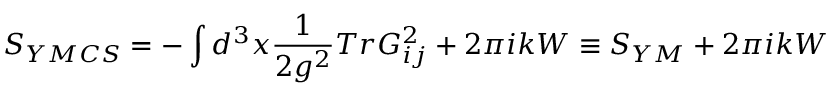
S _ { Y M C S } = - \int d ^ { 3 } x \frac { 1 } { 2 g ^ { 2 } } T r G _ { i j } ^ { 2 } + 2 \pi i k W \equiv S _ { Y M } + 2 \pi i k W